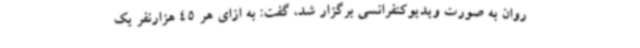
روان به صورت ویدیوکنفرانسی برگزار شد، گفت: به ازای هر 45 هزارنفر یک